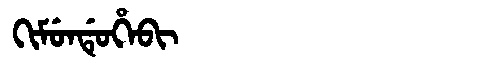
Manchu: ᡴᡳᠮᡠᠨᡩᡠᡥᡝᠪᡳ
Romanization: KIMUNDUHEBI